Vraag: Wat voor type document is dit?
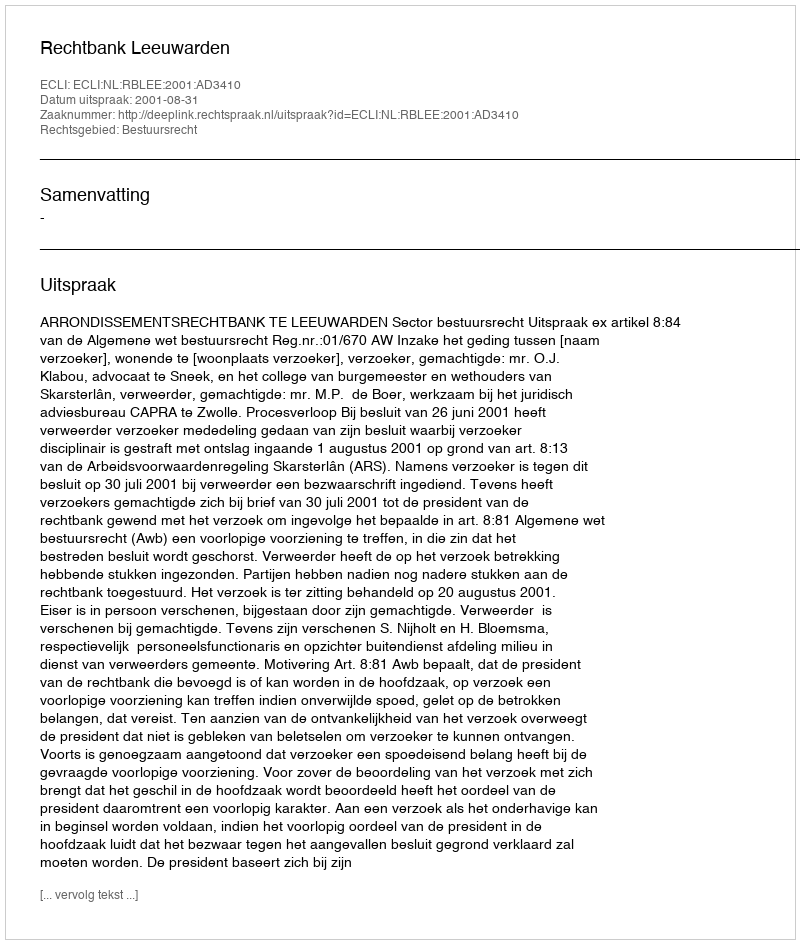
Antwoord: Uitspraak